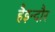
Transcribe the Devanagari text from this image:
हैइन्दौर